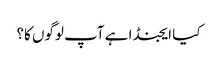
کیا ایجنڈا ہے آپ لوگوں کا؟